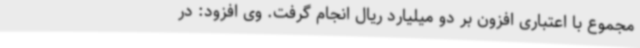
مجموع با اعتباری افزون بر دو میلیارد ریال انجام گرفت. وی افزود: در